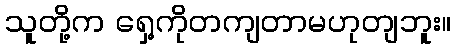
သူတို့က ရှေ့ကိုတကျတာမဟုတျဘူး။